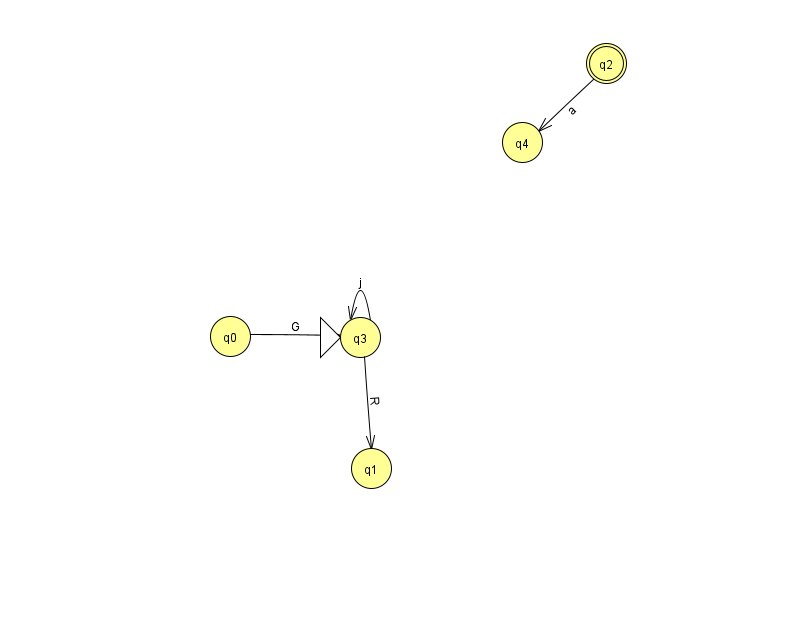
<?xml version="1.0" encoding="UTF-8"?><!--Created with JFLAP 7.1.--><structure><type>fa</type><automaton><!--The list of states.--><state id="0" name="q0"><x>230.0</x><y>323.0</y></state><state id="1" name="q1"><x>371.0</x><y>455.0</y></state><state id="2" name="q2"><x>606.0</x><y>50.0</y><final/></state><state id="3" name="q3"><x>360.0</x><y>324.0</y><initial/></state><state id="4" name="q4"><x>522.0</x><y>129.0</y></state><!--The list of transitions.--><transition><from>3</from><to>1</to><read>R</read></transition><transition><from>0</from><to>3</to><read>G</read></transition><transition><from>3</from><to>3</to><read>j</read></transition><transition><from>2</from><to>4</to><read>a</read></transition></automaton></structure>